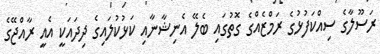
ރަސޫލާގެ ސިއްކަފުޅުގެ ރަމްޒެއްގެ ގޮތުގައި ބެލޭ އެނިޝާނާއި ކަޅުކުލައިގެ ދިދައަކީ އެއީ ރާއްޖޭގެ